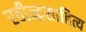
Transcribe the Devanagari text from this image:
रवीन्द्रसाहित्य